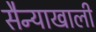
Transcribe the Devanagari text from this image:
सैन्याखाली